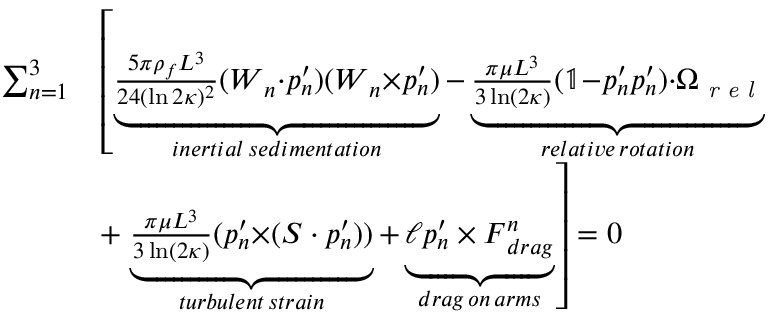
\begin{array} { r l } { \sum _ { n = 1 } ^ { 3 } } & { \left[ \underbrace { \frac { 5 \pi \rho _ { f } L ^ { 3 } } { 2 4 ( \ln 2 \kappa ) ^ { 2 } } ( \boldsymbol { W } _ { n } { \cdot } \boldsymbol { p } _ { n } ^ { \prime } ) ( \boldsymbol { W } _ { n } { \times } \boldsymbol { p } _ { n } ^ { \prime } ) } _ { i n e r t i a l \, s e d i m e n t a t i o n } - \underbrace { \frac { \pi \mu L ^ { 3 } } { 3 \ln ( 2 \kappa ) } ( \mathbb { 1 } { - } \boldsymbol { p } _ { n } ^ { \prime } \boldsymbol { p } _ { n } ^ { \prime } ) { \cdot } \boldsymbol { \Omega } _ { \textit { r e l } } } _ { r e l a t i v e \, r o t a t i o n } \right. } \\ & { + \left. \underbrace { \frac { \pi \mu L ^ { 3 } } { 3 \ln ( 2 \kappa ) } ( \boldsymbol { p } _ { n } ^ { \prime } { \times } ( \boldsymbol { S } \cdot \boldsymbol { p } _ { n } ^ { \prime } ) ) } _ { t u r b u l e n t \, s t r a i n } + \underbrace { \ell \boldsymbol { p } _ { n } ^ { \prime } \times \boldsymbol { F } _ { d r a g } ^ { n } } _ { d r a g \, o n \, a r m s } \right] = 0 } \end{array}